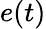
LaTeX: e(t)